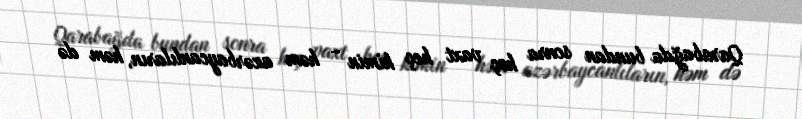
Qarabağda bundan sonra heç vaxt heç kimin - həm azərbaycanlıların, həm də